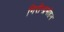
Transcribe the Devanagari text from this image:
गिरीन्द्रमोहन